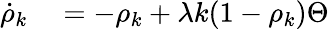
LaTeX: \begin{array}{rl}{\dot{\rho}_{k}}&{{}=-\rho_{k}+\lambda k(1-\rho_{k})\Theta}\end{array}